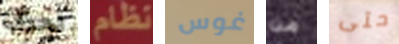
لحرق نظام غوس من حتى